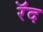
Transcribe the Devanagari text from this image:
रॅद